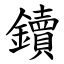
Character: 鑟